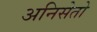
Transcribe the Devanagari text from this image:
अनिसेतो